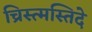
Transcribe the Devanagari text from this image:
च्रिस्त्मस्तिदे